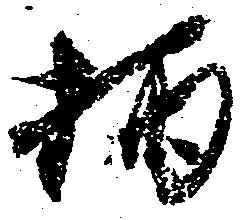
柄